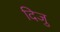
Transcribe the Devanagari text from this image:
दिजु